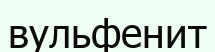
вульфенит